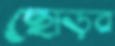
ছোড়ব